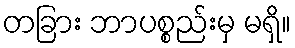
တခြား ဘာပစ္စည်းမှ မရှိ။